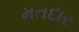
મતદાર